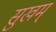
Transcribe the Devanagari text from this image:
सुखम्